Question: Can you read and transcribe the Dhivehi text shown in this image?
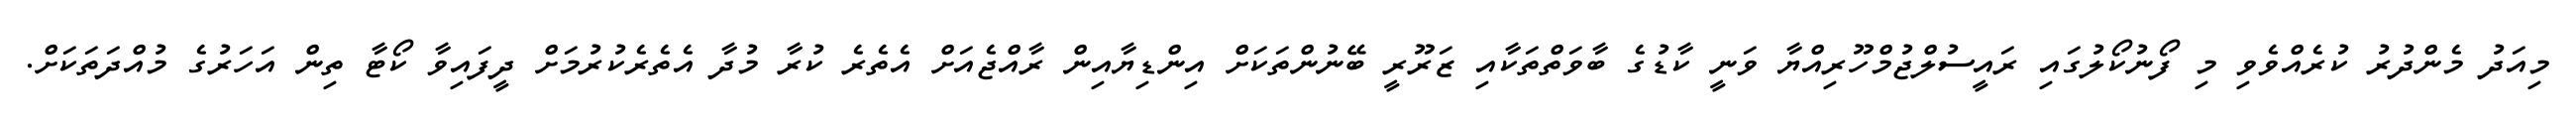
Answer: މިއަދު މެންދުރު ކުރެއްވެވި މި ފޯނުކޯލުގައި ރައީސުލްޖުމްހޫރިއްޔާ ވަނީ ކާޑުގެ ބާވަތްތަކާއި ޒަރޫރީ ބޭނުންތަކަށް އިންޑިޔާއިން ރާއްޖެއަށް އެތެރެ ކުރާ މުދާ އެތެރެކުރުމަށް ދީފައިވާ ކޯޓާ ތިން އަހަރުގެ މުއްދަތަކަށް.